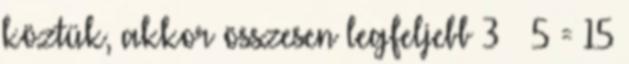
köztük, akkor összesen legfeljebb 3 × 5 = 15